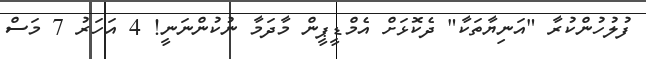
ފުލުހުންކުރާ "އަނިޔާތަކާ" ދެކޮޅަށް އެމްޑީޕީން މާދަމާ ނުކުންނަނީ! 4 އަހަރު 7 މަސް